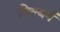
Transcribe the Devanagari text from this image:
गिल्बर्ग